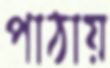
পাঠায়